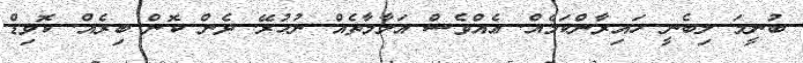
ބުނީމަ ލިބެނީ ހައިރާންކަމެއް. ޢެއްވެސް އަލާމާތެއް ނުހުރޭ. ދެން ކޮން ބިރެެއް. ކޮވިޑް